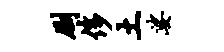
劂侈土娑